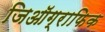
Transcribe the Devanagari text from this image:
जिऑग्राफिक